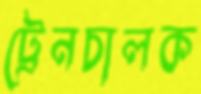
ট্রেনচালক